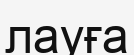
лауға